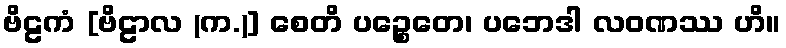
ဗိဠကံ [ဗိဠာလ (က.)] စေတိ ပဉ္စေတေ၊ ပဘေဒါ လဝဏဿ ဟိ။